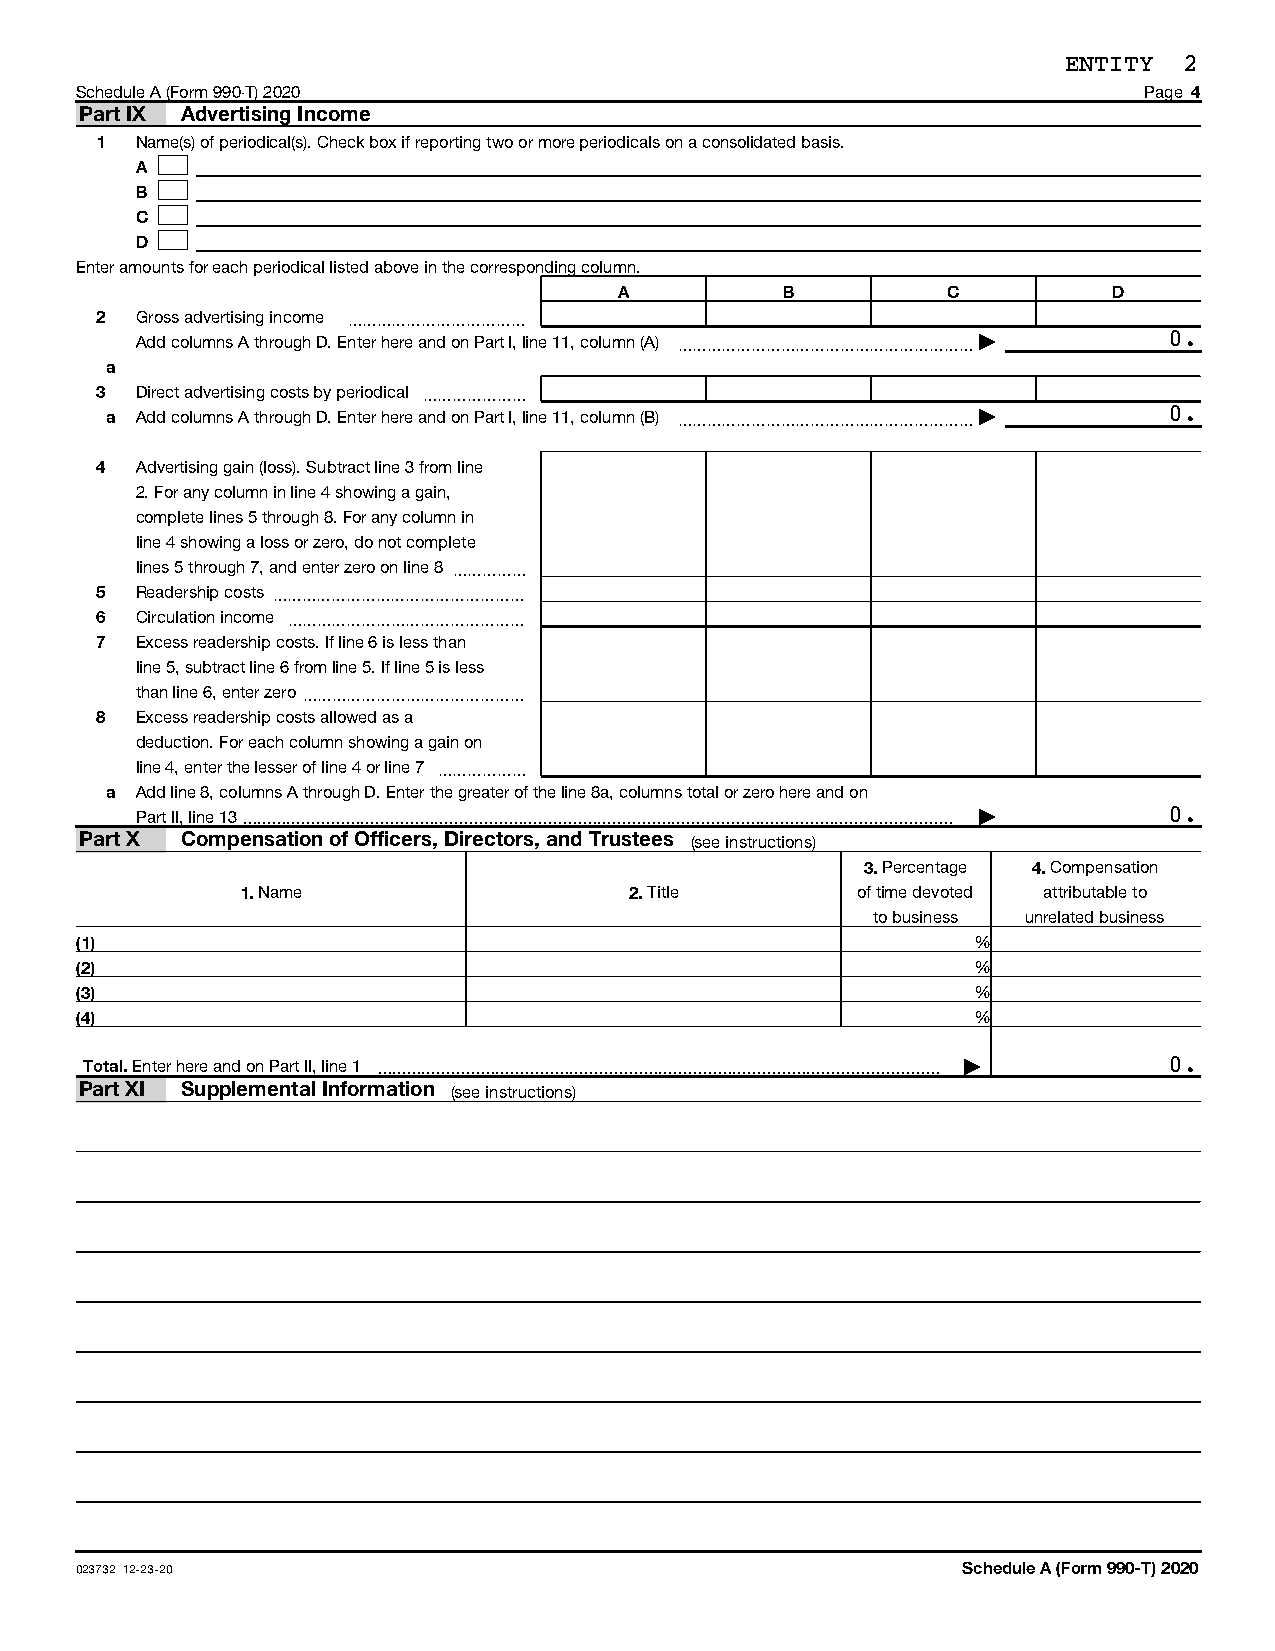
ENTITY 2
 Schedule A (Form 990-T) 2020                                           Page 4
 Part IX Advertising Income
 1  Name(s) of periodical(s). Check box if reporting two or more periodicals on a consolidated basis.
 A
 B
 C
 D
 Enter amounts for each periodical listed above in the corresponding column.
 A          B          C          D
 2  Gross advertising income ~~~~~~~~~~~~
 Add columns A through D. Enter here and on Part I, line 11, column (A) ~~~~~~~~~~~~~~~~~~~~ | 0.
 a
 3  Direct advertising costs by periodical ~~~~~~~
 a Add columns A through D. Enter here and on Part I, line 11, column (B) ~~~~~~~~~~~~~~~~~~~~ | 0.
 4  Advertising gain (loss). Subtract line 3 from line
 2. For any column in line 4 showing a gain,
 complete lines 5 through 8. For any column in
 line 4 showing a loss or zero, do not complete
 lines 5 through 7, and enter zero on line 8 ~~~~~
 5  Readership costs~~~~~~~~~~~~~~~~~
 6  Circulation income ~~~~~~~~~~~~~~~~
 7  Excess readership costs. If line 6 is less than
 line 5, subtract line 6 from line 5. If line 5 is less
 than line 6, enter zero~~~~~~~~~~~~~~~
 8  Excess readership costs allowed as a
 deduction. For each column showing a gain on
 line 4, enter the lesser of line 4 or line 7 ~~~~~~
 a Add line 8, columns A through D. Enter the greater of the line 8a, columns total or zero here and on
 Part II, line 13 |  0.
 Part X Compensation of Officers, Directors, and Trustees (see instructions)
 3. Percentage 4. Compensation
 1. Name                   2. Title       of time devoted attributable to
 to business unrelated business
 (1)                                                         %
 (2)                                                         %
 (3)                                                         %
 (4)                                                         %
 Total. Enter here and on Part II, line 1  | 0.
 Part XI Supplemental Information (see instructions)
 023732 12-23-20                                            Schedule A (Form 990-T) 2020